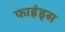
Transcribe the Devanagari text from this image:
फाइंड्स